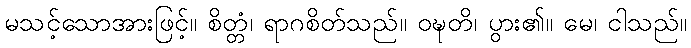
မသင့်သောအားဖြင့်။ စိတ္တံ၊ ရာဂစိတ်သည်။ ဝဍ္ဎတိ၊ ပွား၏။ မေ၊ ငါသည်။